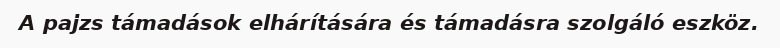
A pajzs támadások elhárítására és támadásra szolgáló eszköz.